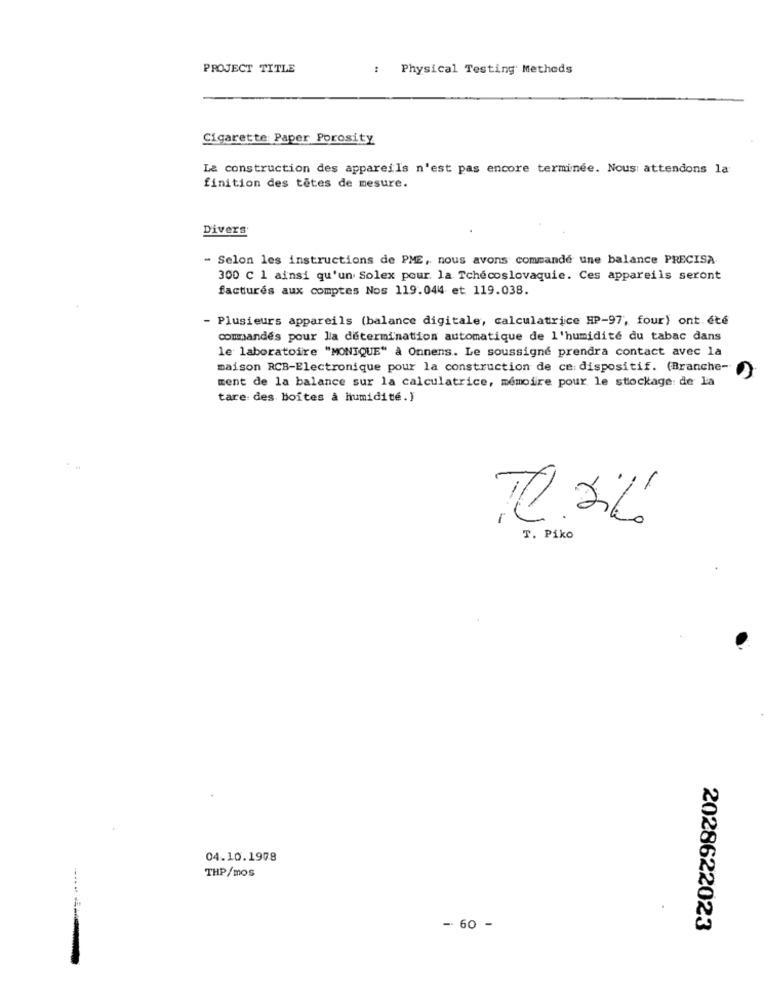
PROJECT TITLE
Physical Testing Methods
Cigarette Paper Porosity
La construction des appareils n'est pas encore terminée. Nous attendons la
finition des têtes de mesure.
Divers
Selon les instructions de PME, nous avons commande une balance PRECISA
300 ℃ 1 ainsi qu'un Solex pour. la Tchécoslovaquie. Ces appareils seront
facturés aux comptes Nos 119.044 et 119.038.
- Plusieurs appareils (balance digitale, calculatrice HP-97, four) ont été
commandés pour la détermination automatique de l'humidité du tabac dans
le laboratoire "MONIQUE" à Onnens. Le soussigné prendra contact avec la
maison RCB-Electronique pour la construction de ce: dispositif. (Branche-
ment de la balance sur la calculatrice, mémoire pour le stockage: de la
tare des boîtes à humidité. )
10.26
T. Piko
04.10.1978
THP/mos
- 60 -
2028622023